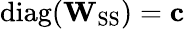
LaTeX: \mathrm{diag}(\mathbf{W}_{\mathrm{SS}})=\mathbf{c}